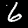
Digit: 6